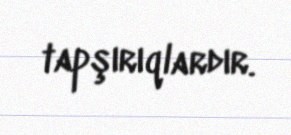
tapşırıqlardır.